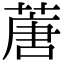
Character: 蓎